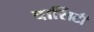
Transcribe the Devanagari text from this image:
वार्सिटी